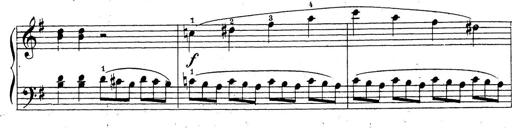
Title: 10 Sonatinas
Composer: Fritz Spindler